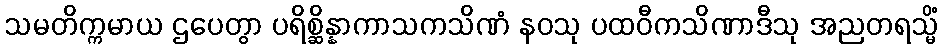
သမတိက္ကမာယ ဌပေတွာ ပရိစ္ဆိန္နာကာသကသိဏံ နဝသု ပထဝီကသိဏာဒီသု အညတရသ္မိံ